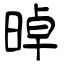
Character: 晫